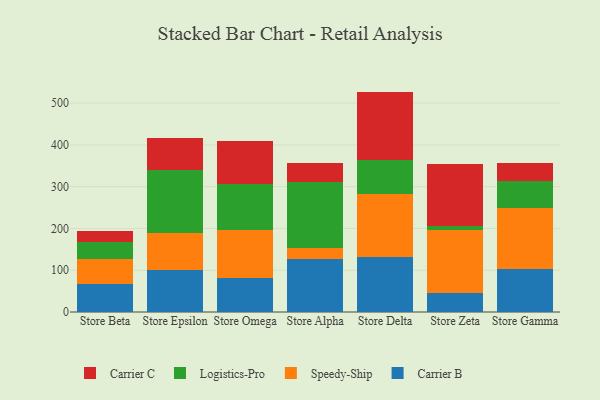
{"axis": {"x": "Store", "y": "Market Share (%)"}, "legend": ["Carrier B", "Carrier C", "Logistics-Pro", "Speedy-Ship"], "data": [{"x": "Store Beta", "y": 66.5, "type": "Carrier B"}, {"x": "Store Beta", "y": 60.1, "type": "Speedy-Ship"}, {"x": "Store Beta", "y": 40.6, "type": "Logistics-Pro"}, {"x": "Store Beta", "y": 27.2, "type": "Carrier C"}, {"x": "Store Epsilon", "y": 101.2, "type": "Carrier B"}, {"x": "Store Epsilon", "y": 88.2, "type": "Speedy-Ship"}, {"x": "Store Epsilon", "y": 150.1, "type": "Logistics-Pro"}, {"x": "Store Epsilon", "y": 77.2, "type": "Carrier C"}, {"x": "Store Omega", "y": 80.4, "type": "Carrier B"}, {"x": "Store Omega", "y": 114.8, "type": "Speedy-Ship"}, {"x": "Store Omega", "y": 110.8, "type": "Logistics-Pro"}, {"x": "Store Omega", "y": 102.8, "type": "Carrier C"}, {"x": "Store Alpha", "y": 127.5, "type": "Carrier B"}, {"x": "Store Alpha", "y": 26.5, "type": "Speedy-Ship"}, {"x": "Store Alpha", "y": 157.1, "type": "Logistics-Pro"}, {"x": "Store Alpha", "y": 44.8, "type": "Carrier C"}, {"x": "Store Delta", "y": 131.5, "type": "Carrier B"}, {"x": "Store Delta", "y": 150.6, "type": "Speedy-Ship"}, {"x": "Store Delta", "y": 82.9, "type": "Logistics-Pro"}, {"x": "Store Delta", "y": 162.6, "type": "Carrier C"}, {"x": "Store Zeta", "y": 46.1, "type": "Carrier B"}, {"x": "Store Zeta", "y": 150.1, "type": "Speedy-Ship"}, {"x": "Store Zeta", "y": 8.6, "type": "Logistics-Pro"}, {"x": "Store Zeta", "y": 149.4, "type": "Carrier C"}, {"x": "Store Gamma", "y": 102.5, "type": "Carrier B"}, {"x": "Store Gamma", "y": 146.6, "type": "Speedy-Ship"}, {"x": "Store Gamma", "y": 64.2, "type": "Logistics-Pro"}, {"x": "Store Gamma", "y": 43.0, "type": "Carrier C"}]}